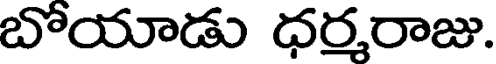
బోయాడు ధర్మరాజు.